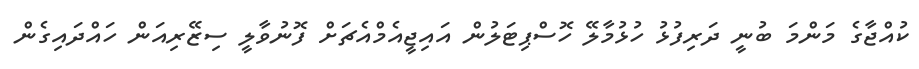
ކުއްޖާގެ މަންމަ ބުނީ ދަރިފުޅު ހުޅުމާލޭ ހޮސްޕިޓަލުން އައިޖީއެމްއެޗަށް ފޮނުވާލީ ސިޒޭރިއަން ހައްދައިގެން